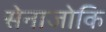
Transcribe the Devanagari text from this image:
सेनाजोकि